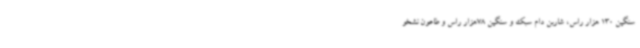
سنگین 130 هزار راس، شاربن دام سبک و سنگین 78هزار راس و طاعون نشخو